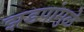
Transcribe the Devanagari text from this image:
झडपांमुळे